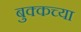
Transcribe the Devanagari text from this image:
बुक्कच्या